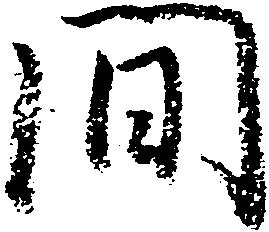
間